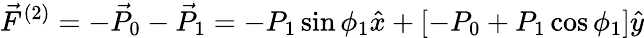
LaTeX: \vec{F}^{(2)}=-\vec{P}_{0}-\vec{P}_{1}=-P_{1}\sin\phi_{1}\hat{x}+[-P_{0}+P_{1}\cos\phi_{1}]\hat{y}